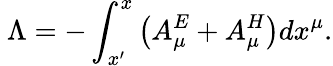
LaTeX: \ \Lambda=-\int_{x^{\prime}}^{x}\left(A_{\mu}^{E}+A_{\mu}^{H}\right)dx^{\mu}.